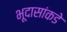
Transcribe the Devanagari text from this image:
भूदासांकडे